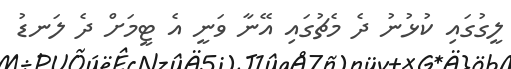
ލީގުގައި ކުޅުނު ދެ މެޗުގައި އޭނާ ވަނީ އެ ޓީމަށް ދެ ލަނޑު